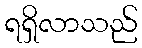
ရရှိလာသည်